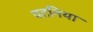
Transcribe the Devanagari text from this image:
पटनिया